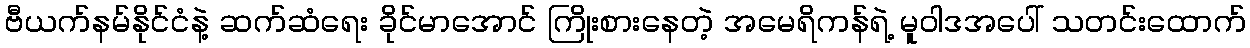
ဗီယက်နမ်နိုင်ငံနဲ့ ဆက်ဆံရေး ခိုင်မာအောင် ကြိုးစားနေတဲ့ အမေရိကန်ရဲ့ မူဝါဒအပေါ် သတင်းထောက်